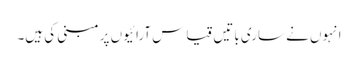
انہوں نے ساری باتیں قیاس آرائیوں پر مبنی کی ہیں۔